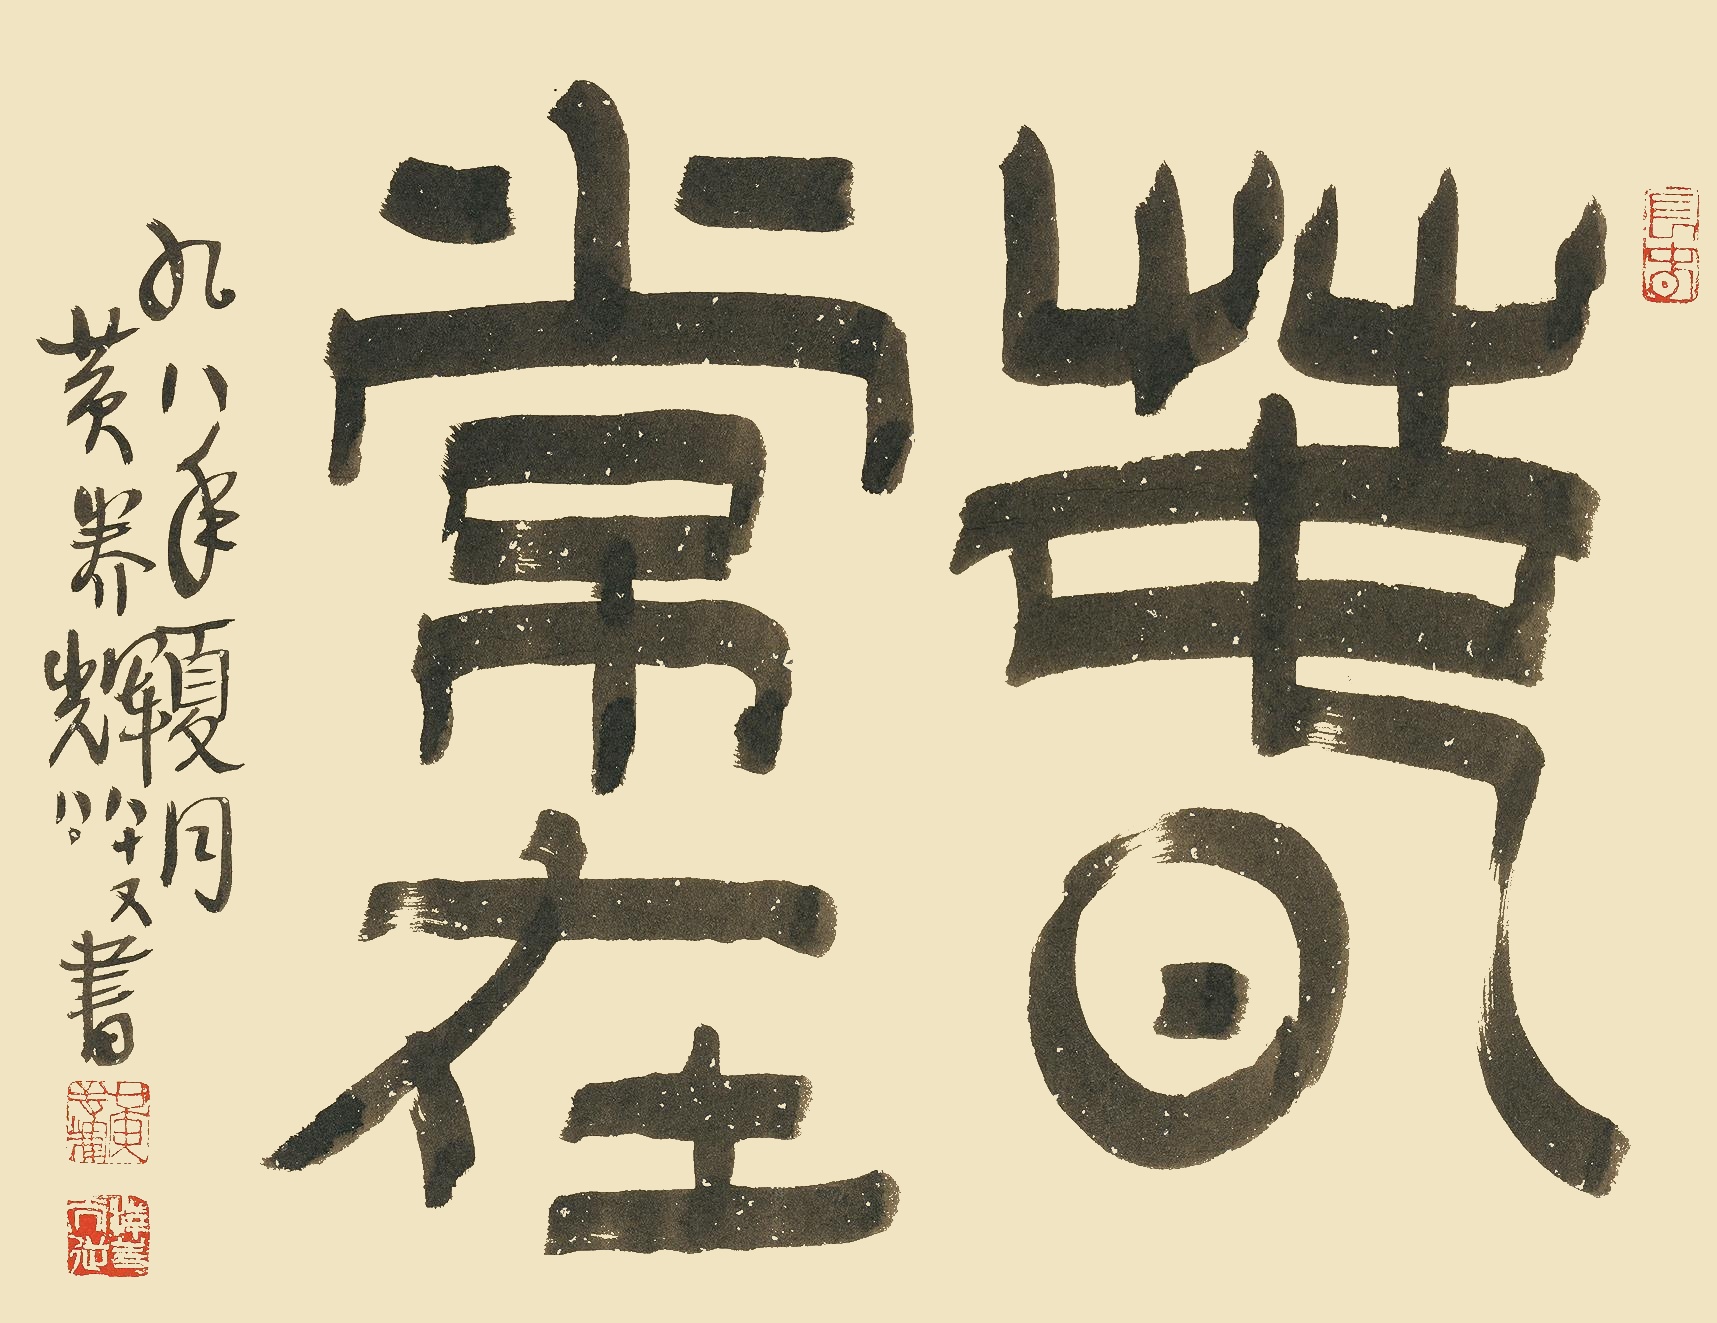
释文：春常在九八年夏月，黄养辉八十又八书。